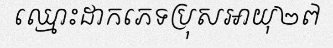
ឈ្មោះដាកភេទប្រុសអាយុ២៧